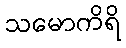
သမောကိရိ